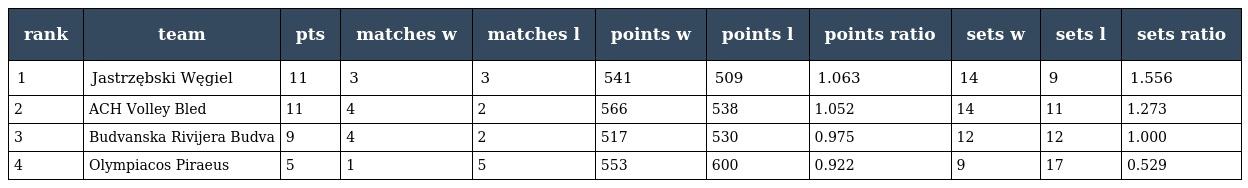
| rank | team | pts | matches w | matches l | points w | points l | points ratio | sets w | sets l | sets ratio |
 | --- | --- | --- | --- | --- | --- | --- | --- | --- | --- | --- |
 | 1 | Jastrzębski Węgiel | 11 | 3 | 3 | 541 | 509 | 1.063 | 14 | 9 | 1.556 |
 | 2 | ACH Volley Bled | 11 | 4 | 2 | 566 | 538 | 1.052 | 14 | 11 | 1.273 |
 | 3 | Budvanska Rivijera Budva | 9 | 4 | 2 | 517 | 530 | 0.975 | 12 | 12 | 1.000 |
 | 4 | Olympiacos Piraeus | 5 | 1 | 5 | 553 | 600 | 0.922 | 9 | 17 | 0.529 |